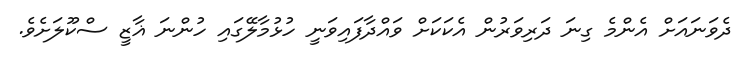
ދެވަނައަށް އެންމެ ގިނަ ދަރިވަރުން އެކަކަށް ވައްދާފައިވަނީ ހުޅުމާލޭގައި ހުންނަ ޣާޒީ ސްކޫލަށެވެ.